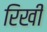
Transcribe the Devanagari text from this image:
रिखी